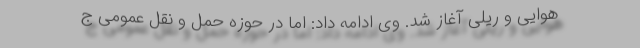
هوایی و ریلی آغاز شد. وی ادامه داد: اما در حوزه حمل و نقل عمومی ج